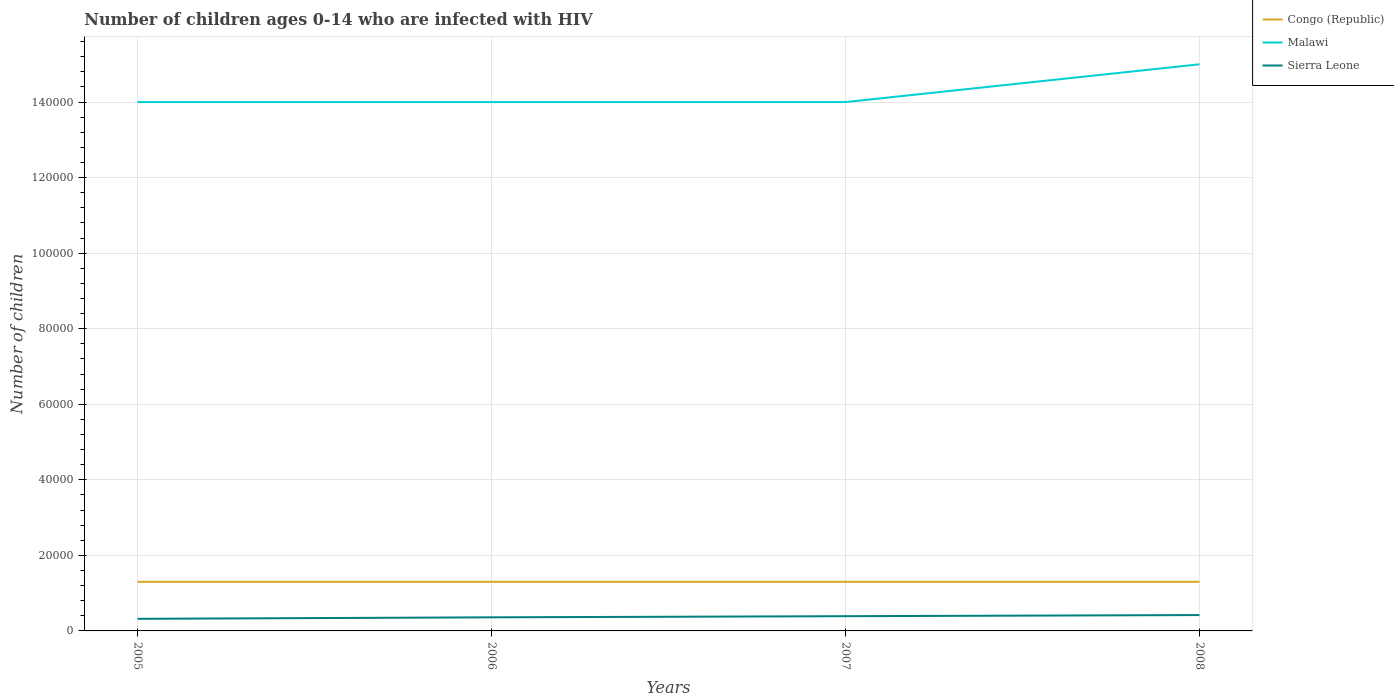
| Years | Congo (Republic) | Malawi | Sierra Leone |
 | --- | --- | --- | --- |
 | 2005 | 1.3e+04 | 1.4e+05 | 3.2e+03 |
 | 2006 | 1.3e+04 | 1.4e+05 | 3.6e+03 |
 | 2007 | 1.3e+04 | 1.4e+05 | 3.9e+03 |
 | 2008 | 1.3e+04 | 1.5e+05 | 4.2e+03 |